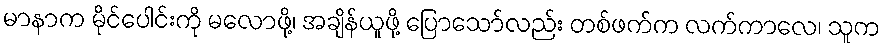
မာနာက မိုင်ပေါင်းကို မလောဖို့၊ အချိန်ယူဖို့ ပြောသော်လည်း တစ်ဖက်က လက်ကာလေ၊ သူက